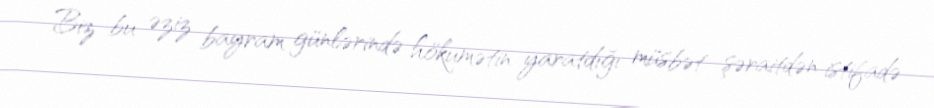
Biz bu əziz bayram günlərində hökumətin yaratdığı müsbət şəraitdən istifadə